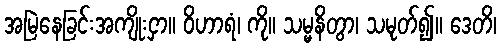
အမြဲနေခြင်းအကျိုးငှာ။ ဝိဟာရံ၊ ကို။ သမ္မနိတွာ၊ သမုတ်၍။ ဒေတိ၊